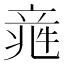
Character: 𥪑